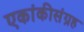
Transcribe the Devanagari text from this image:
एकांकीसंग्रह